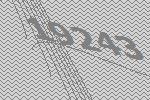
19243